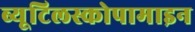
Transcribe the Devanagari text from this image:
ब्यूटिलस्कोपामाइन